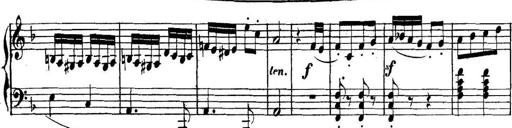
Title: Collected Piano Sonatas
Composer: Muzio Clementi